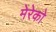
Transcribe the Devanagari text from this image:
मेरेको